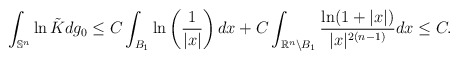
\begin{align*}\int_{\mathbb{S}^n}\ln \tilde{K}dg_0\leq C\int_{B_1}\ln \left(\frac{1}{|x|}\right)dx+C\int_{\mathbb{R}^n\backslash B_1}\frac{ \ln (1+|x|)}{|x|^{2(n-1)}}dx\leq C.\end{align*}